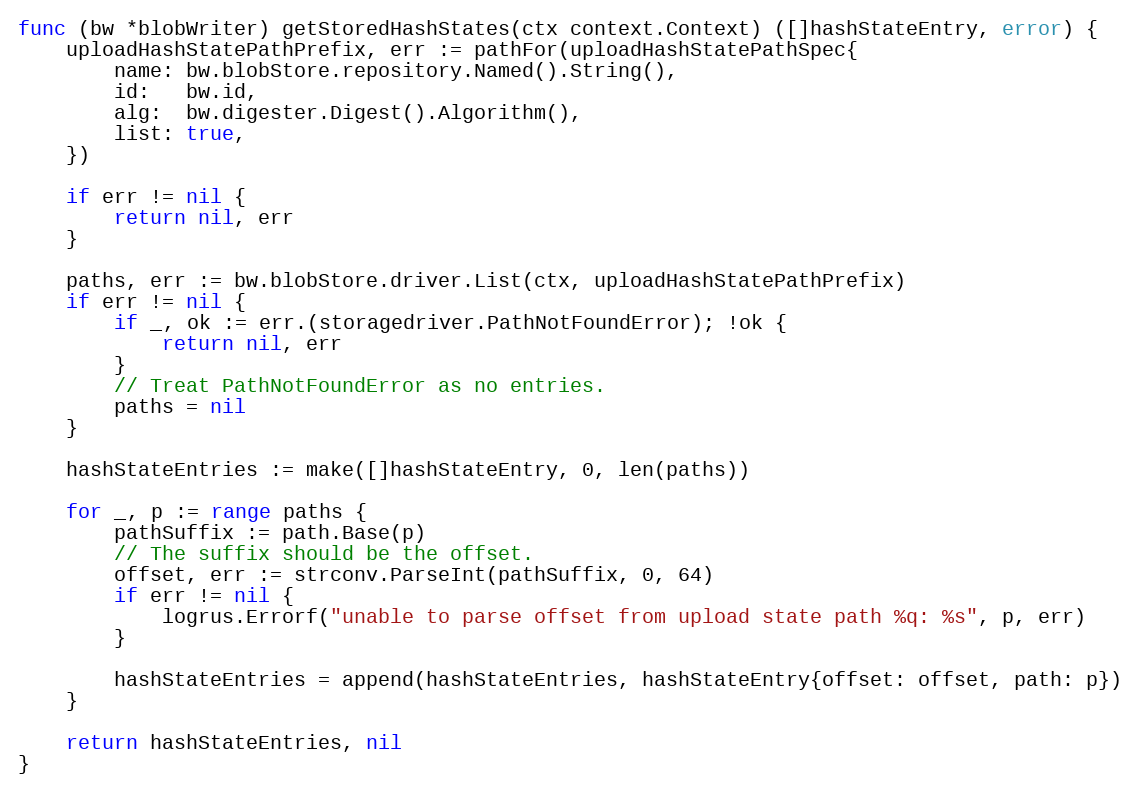
Language: Go
func (bw *blobWriter) getStoredHashStates(ctx context.Context) ([]hashStateEntry, error) {
	uploadHashStatePathPrefix, err := pathFor(uploadHashStatePathSpec{
		name: bw.blobStore.repository.Named().String(),
		id:   bw.id,
		alg:  bw.digester.Digest().Algorithm(),
		list: true,
	})

	if err != nil {
		return nil, err
	}

	paths, err := bw.blobStore.driver.List(ctx, uploadHashStatePathPrefix)
	if err != nil {
		if _, ok := err.(storagedriver.PathNotFoundError); !ok {
			return nil, err
		}
		// Treat PathNotFoundError as no entries.
		paths = nil
	}

	hashStateEntries := make([]hashStateEntry, 0, len(paths))

	for _, p := range paths {
		pathSuffix := path.Base(p)
		// The suffix should be the offset.
		offset, err := strconv.ParseInt(pathSuffix, 0, 64)
		if err != nil {
			logrus.Errorf("unable to parse offset from upload state path %q: %s", p, err)
		}

		hashStateEntries = append(hashStateEntries, hashStateEntry{offset: offset, path: p})
	}

	return hashStateEntries, nil
}